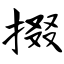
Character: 掇